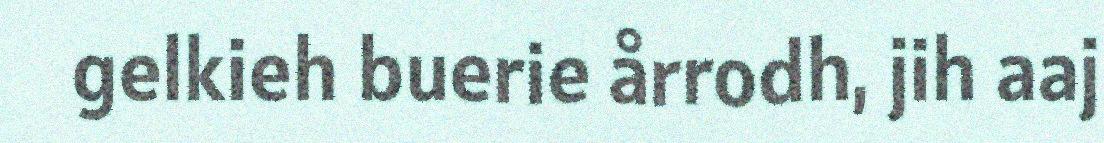
gelkieh buerie årrodh, jih aaj